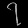
Digit: ၇